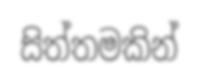
සිත්තමකින්